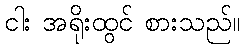
ငါး အရိုးထွင် စားသည်။